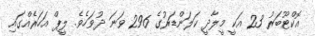
އޮކްޓޫބަރު 23 އަކީ މީލާދީ ކަލަންޑަރުގެ 296 ވަނަ ދުވަހެވެ. ލީޕް އަހަރެއްގައި